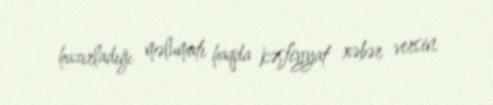
hazırladığı məlumatı haqda kəşfiyyat xəbər versin.